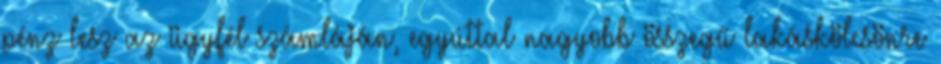
pénz lesz az ügyfél számláján, egyúttal nagyobb összegű lakáskölcsönre